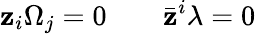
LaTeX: \mathbf{z}_{i}\Omega_{j}=0\qquad\bar{{\mathbf{z}}}^{i}\lambda=0